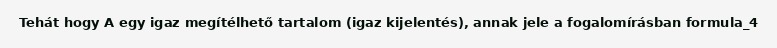
Tehát hogy A egy igaz megítélhető tartalom (igaz kijelentés), annak jele a fogalomírásban formula_4